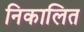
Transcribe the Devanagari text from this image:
निकालित